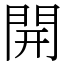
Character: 開